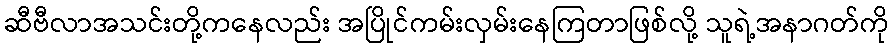
ဆီဗီလာအသင်းတို့ကနေလည်း အပြိုင်ကမ်းလှမ်းနေကြတာဖြစ်လို့ သူရဲ့အနာဂတ်ကို